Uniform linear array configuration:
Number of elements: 4
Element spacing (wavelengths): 0.25
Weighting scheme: hamming
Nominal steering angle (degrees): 45
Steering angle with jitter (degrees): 46.069
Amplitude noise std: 0.05
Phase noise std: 0.05

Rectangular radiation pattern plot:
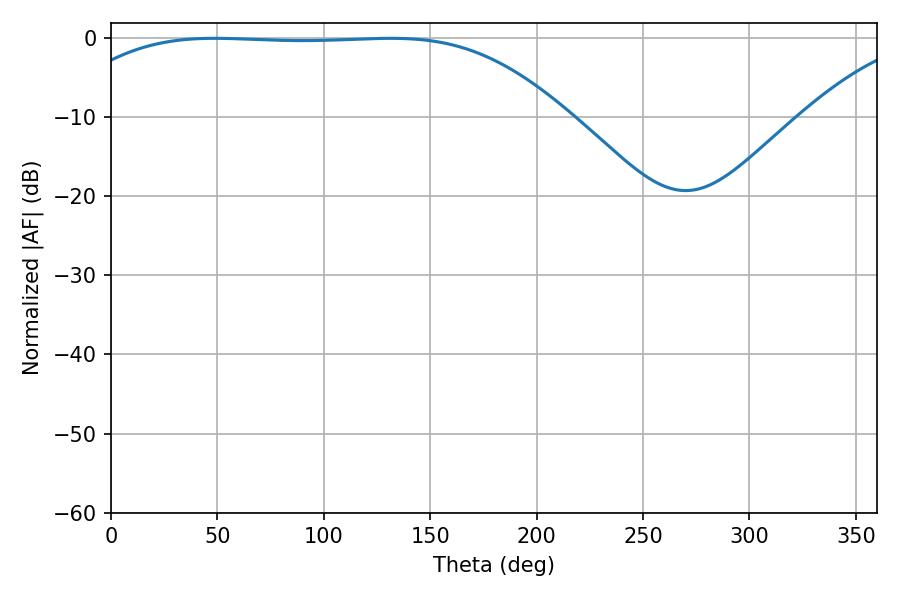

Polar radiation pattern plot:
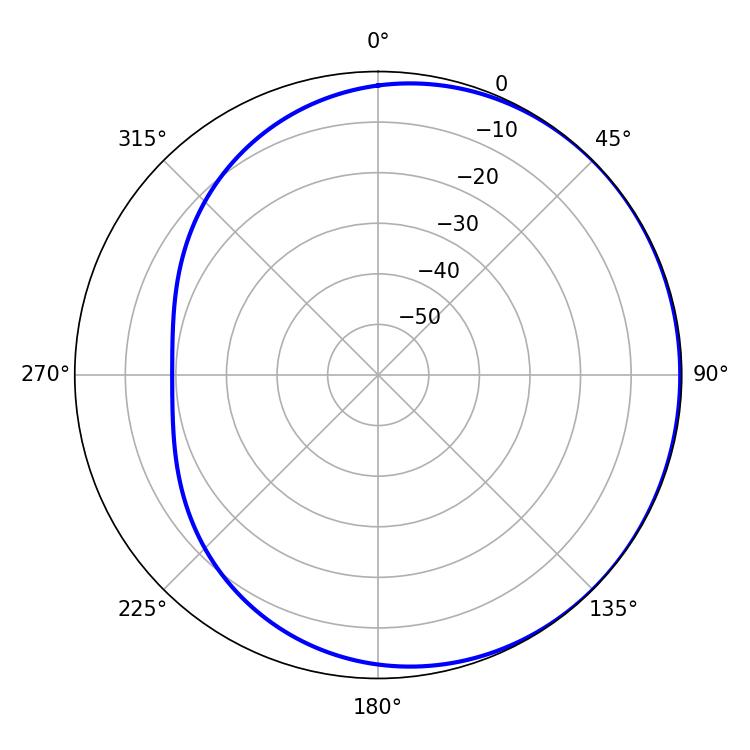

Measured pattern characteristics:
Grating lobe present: FALSE
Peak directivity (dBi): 0.5636
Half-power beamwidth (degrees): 181.8
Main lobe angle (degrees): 48.78